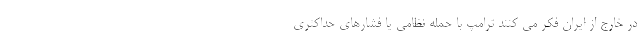
در خارج از ایران فکر می کنند ترامپ با حمله نظامی یا فشارهای حداکثری